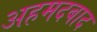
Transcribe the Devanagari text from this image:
अहमदबाद